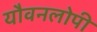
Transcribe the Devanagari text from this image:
यौवनलोपी